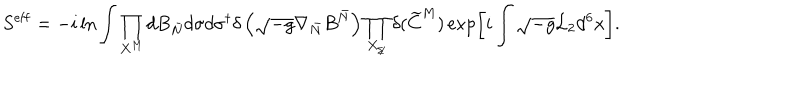
S ^ { \mathrm { e f f } } = - i \ln \int \prod _ { X ^ { M } } d B _ { \bar { N } } d \sigma d \sigma ^ { \dagger } \delta \left( \sqrt { - g } \nabla _ { \bar { N } } B ^ { \bar { N } } \right) \prod _ { X _ { / \! / } } \delta ( \widetilde C ^ { M } ) \exp \left[ i \int \sqrt { - g } { \cal L } _ { 2 } d ^ { 6 } x \right] .